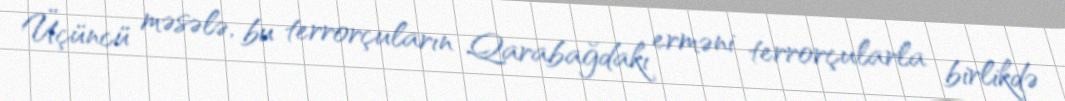
Üçüncü məsələ, bu terrorçuların Qarabağdakı erməni terrorçularla birlikdə